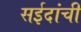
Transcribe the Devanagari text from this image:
सईदांची